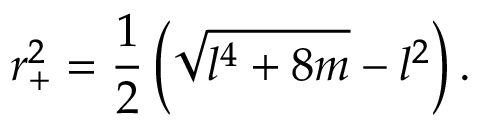
r _ { + } ^ { 2 } = \frac { 1 } { 2 } \left( \sqrt { l ^ { 4 } + 8 m } - l ^ { 2 } \right) .